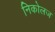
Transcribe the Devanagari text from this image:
निकोलज